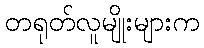
တရုတ်လူမျိုးများက